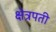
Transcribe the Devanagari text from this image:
क्षेत्रपती